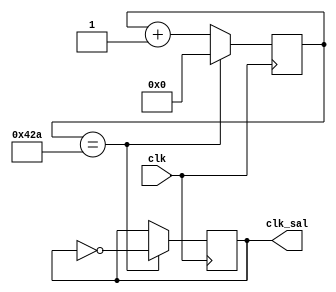
`timescale 1ns / 1ps
//////////////////////////////////////////////////////////////////////////////////
// Company: 
// Engineer: 
// 
// Design Name: 
// Module Name: divisor_clok
// Project Name: 
// Target Devices: 
// Tool Versions: 
// Description: 
// 
// Dependencies: 
// 
// Revision:
// Revision 0.01 - File Created
// Additional Comments:
// 
//////////////////////////////////////////////////////////////////////////////////


module divisor_clok(
    input clk,
    output reg clk_sal
    );
    // suponiendo que clk entrada es de 12MHZ
    //-- Valor por defecto del divisor
   //-- lo que se transmite es un dato de 32bits y la velocidad del protocolo usb es 1.5Mbits/s
    // entonces la frec de transmision es 46,875KHz 
    // si la entrada es 12MHz, para simular esa frec de transmision hay q hacer un divisor para obtener en la salida 46,875KHz
    parameter frecuencia=100000000;
    parameter frec_out= 46875;
    parameter max_contador=(frecuencia)/(2*frec_out);
    reg [25:0]contador;
    //
    initial begin
    contador=0;
    clk_sal=0;
    end
   always @(posedge clk) 
    begin
    if (contador==max_contador)
    begin
    clk_sal=~clk_sal;
    contador=0;
    end
    else begin
        contador=contador+1;
        end
     end
        
    endmodule